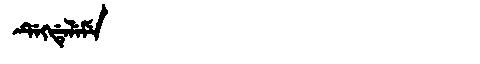
Manchu: ᡩᡝᡴᡩᡝᠯᡝᠮᡝ
Romanization: DEKDELEME